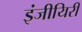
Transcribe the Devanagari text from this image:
इंजीयिरी